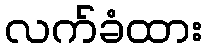
လက်ခံထား